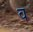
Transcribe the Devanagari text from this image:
व